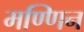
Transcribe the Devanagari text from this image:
मण्णिन